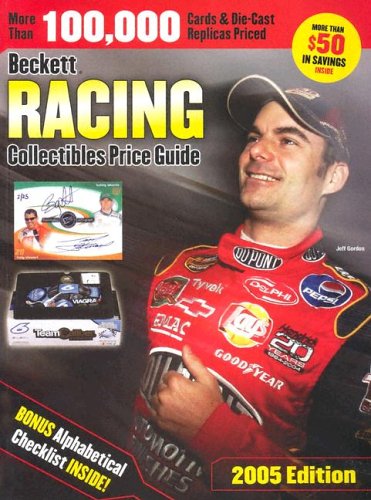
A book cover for Beckett Racing Collectibles Price Guide (Beckett Racing Collectibles and Die-Cast Price Guide); James Beckett; Crafts, Hobbies & Home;